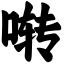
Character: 啭